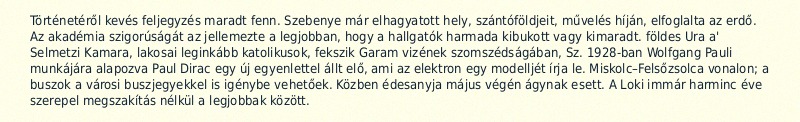
Történetéről kevés feljegyzés maradt fenn. Szebenye már elhagyatott hely, szántóföldjeit, művelés híján, elfoglalta az erdő. Az akadémia szigorúságát az jellemezte a legjobban, hogy a hallgatók harmada kibukott vagy kimaradt. földes Ura a' Selmetzi Kamara, lakosai leginkább katolikusok, fekszik Garam vizének szomszédságában, Sz. 1928-ban Wolfgang Pauli munkájára alapozva Paul Dirac egy új egyenlettel állt elő, ami az elektron egy modelljét írja le. Miskolc–Felsőzsolca vonalon; a buszok a városi buszjegyekkel is igénybe vehetőek. Közben édesanyja május végén ágynak esett. A Loki immár harminc éve szerepel megszakítás nélkül a legjobbak között.